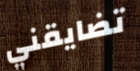
تضايقني